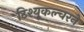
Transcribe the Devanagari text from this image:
टिश्यू्कल्चरने